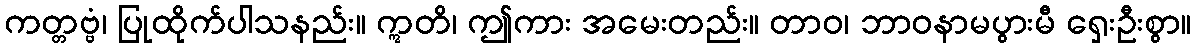
ကတ္တဗ္ဗံ၊ ပြုထိုက်ပါသနည်း။ ဣတိ၊ ဤကား အမေးတည်း။ တာဝ၊ ဘာဝနာမပွားမီ ရှေးဦးစွာ။